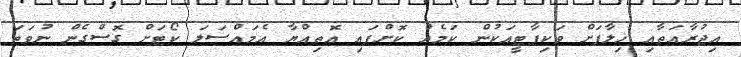
އިޖުރާއަތާއި ޚިލާފަށް ވަކިޕާޓީއަކުން ކަމެއް ކޮށްފައި އޮތިއްޔާ އެމައްސަލަ ކޯޓަށް ގޮސްގެން ނުވަތަ